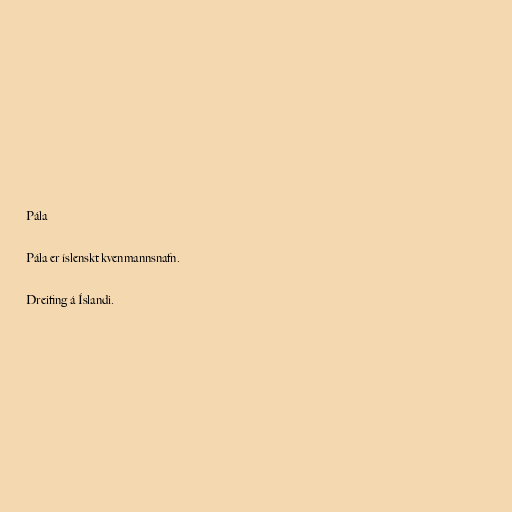
Pála

Pála er íslenskt kvenmannsnafn.

Dreifing á Íslandi.